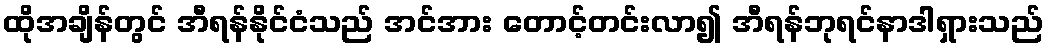
ထိုအချိန်တွင် အီရန်နိုင်ငံသည် အင်အား တောင့်တင်းလာ၍ အီရန်ဘုရင်နာဒါရှားသည်